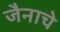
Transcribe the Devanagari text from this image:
जैनाचे